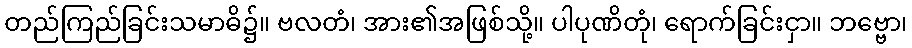
တည်ကြည်ခြင်းသမာဓိ၌။ ဗလတံ၊ အား၏အဖြစ်သို့။ ပါပုဏိတုံ၊ ရောက်ခြင်းငှာ။ ဘဗ္ဗော၊